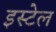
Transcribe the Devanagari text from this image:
इस्टेल